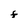
Character: F